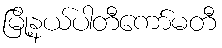
မြို့နယ်ပါတီကော်မတီ